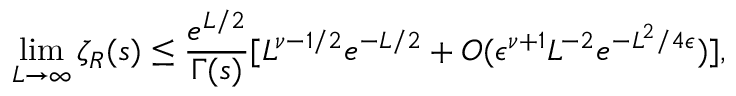
\operatorname * { l i m } _ { L \to \infty } \zeta _ { R } ( s ) \le { \frac { e ^ { L / 2 } } { \Gamma ( s ) } } [ L ^ { \nu - 1 / 2 } e ^ { - L / 2 } + O ( \epsilon ^ { \nu + 1 } L ^ { - 2 } e ^ { - L ^ { 2 } / 4 \epsilon } ) ] ,